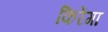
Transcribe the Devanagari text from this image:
किरेंगा